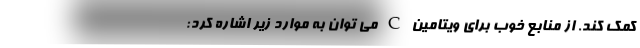
کمک کند. از منابع خوب برای ویتامین C می توان به موارد زیر اشاره کرد: